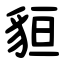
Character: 貆